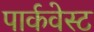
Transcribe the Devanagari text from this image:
पार्कवेस्ट